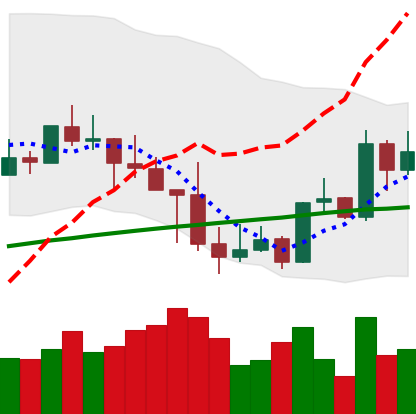
Ticker: LINK-USD
Chart end date: 2019-05-05
Forward return: 32.443%
Label: up_7plus